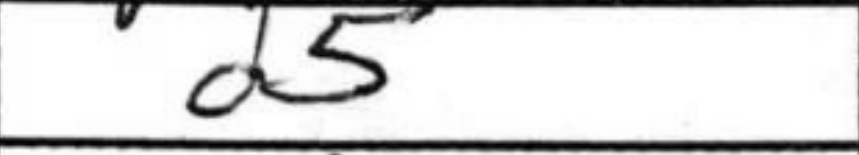
Transcription: d5